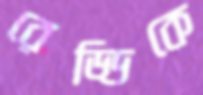
রেড্ডিকে